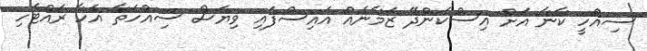
ސިއްހީ ކާނާ އަށް އިސްކަންދޭ ޒަމާނެއް އައިސްފައި ވިޔަސް ސިއްހަތާ އެހާ ރައްޓެހި